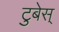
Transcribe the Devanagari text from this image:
टुबेस्